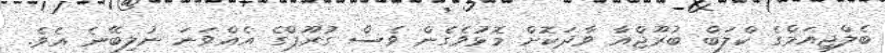
ބެލްޖިއަމްގެ ކްލަބް ބުރޫޖްއާ ވާދަކޮށް މޮޅުވެގެން ވެސް ގުރޫޕްގެ އެއްވަނަ ނުލިބޭނެ އެވެ.